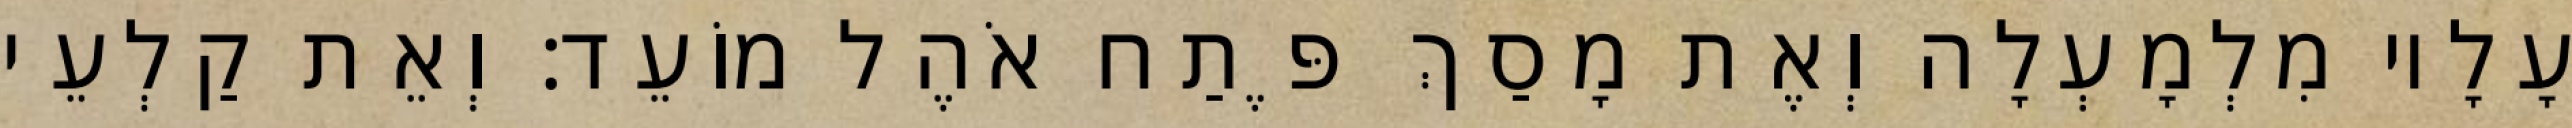
עָלָיו מִלְמָעְלָה וְאֶת מָסַךְ פֶּתַח אֹהֶל מוֹעֵד׃ וְאֵת קַלְעֵי